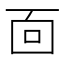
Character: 靣